Scientific memoirs by medical officers of the Army of India - Part IX,
Year: 1895
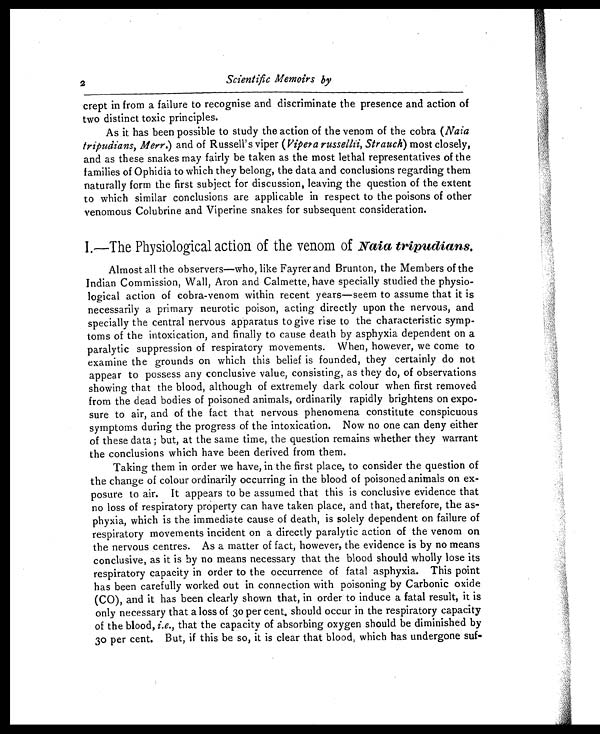
2
Scientific Memoirs by
crept in from a failure to recognise and discriminate the presence and action of
two distinct toxic principles.
As it has been possible to study the action of the venom of the cobra ( Naia
tripudians, Merr.) and of Russell's viper ( Vipera
russellii Strauch ) most closely,
and as these snakes may fairly be taken as the most lethal representatives of the
families of Ophidia to which they belong, the data and conclusions regarding them
naturally form the first subject for discussion, leaving the question of the extent
to which similar conclusions are applicable in respect to the poisons of other
venomous Colubrine and Viperine snakes for subsequent consideration.
1.—The Physiological action of the venom of Naia tripudians.
Almost all the observers—who, like Fayrer and Brunton, the Members of the
Indian Commission, Wall, Aron and Calmette, have specially studied the physio
-logical action of cobra-venom within recent years—seem to assume that it is
necessarily a primary neurotic poison, acting directly upon the nervous, and
specially the central nervous apparatus to give rise to the characteristic symp
-toms of the intoxication, and finally to cause death by asphyxia dependent on a
paralytic suppression of respiratory movements. When, however, we come to
examine the grounds on which this belief is founded, they certainly do not
appear to possess any conclusive value, consisting, as they do, of observations
showing that the blood, although of extremely dark colour when first removed
from the dead bodies of poisoned animals, ordinarily rapidly brightens on expo
-sure to air, and of the fact that nervous phenomena constitute conspicuous
symptoms during the progress of the intoxication. Now no one can deny either
of these data ; but, at the same time, the question remains whether they warrant
the conclusions which have been derived from them.
Taking them in order we have, in the first place, to consider the question of
the change of colour ordinarily occurring in the blood of poisoned animals on ex
-posure to air. It appears to be assumed that this is conclusive evidence that
no loss of respiratory property can have taken place, and that, therefore, the as
-phyxia, which is the immediate cause of death, is solely dependent on failure of
respiratory movements incident on a directly paralytic action of the venom on
the nervous centres. As a matter of fact, however, the evidence is by no means
conclusive, as it is by no means necessary that the blood should wholly lose its
respiratory capacity in order to the occurrence of fatal asphyxia. This point
has been carefully worked out in connection with poisoning by Carbonic oxide
(CO), and it has been clearly shown that, in order to induce a fatal result, it is
only necessary that a loss of 30 per cent, should occur in the respiratory capacity
of the blood, i.e., that the capacity of absorbing oxygen should be diminished by
30 per cent. But, if this be so, it is clear that blood, which has undergone suf-